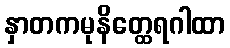
နှာတကမုနိတ္ထေရဂါထာ